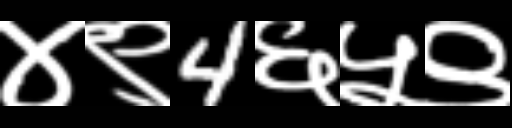
Text: ४९4६५९